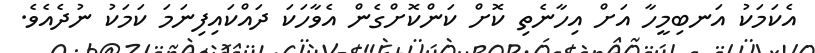
އެކަމަކު އަނބިމީހާ އަށް އިހާނެތި ކޮށް ކަންކޮށްގެން އެވާހަކަ ދައްކައިފިނަމަ ކަމަކު ނުދެއެވެ.